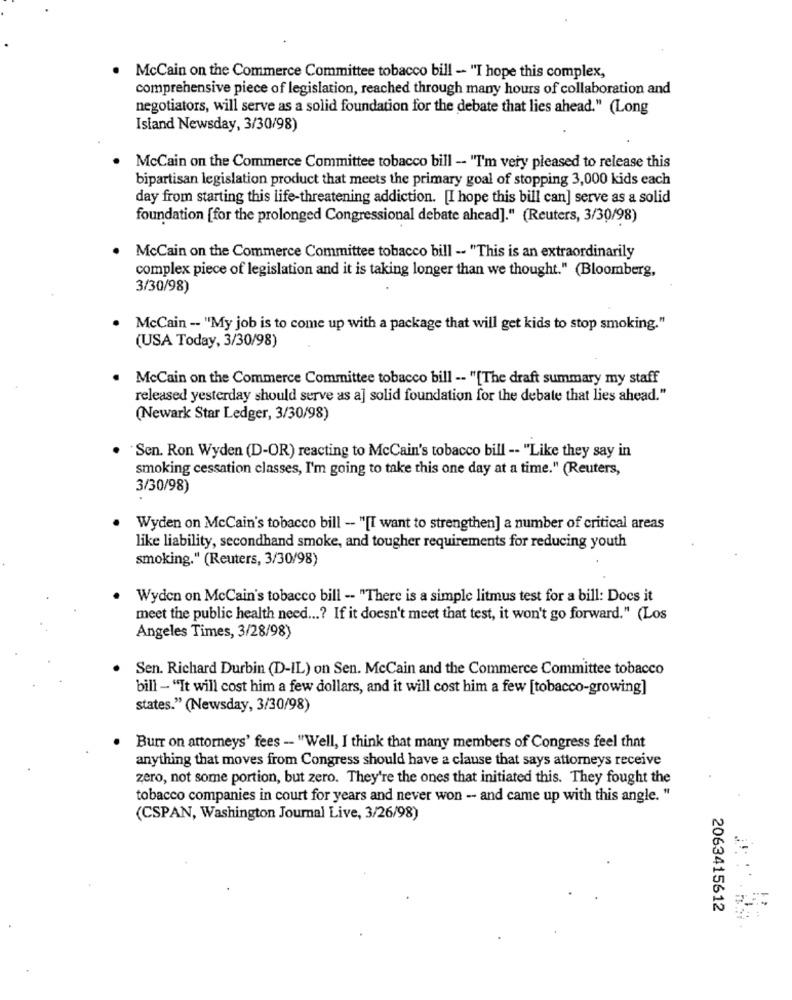
. McCain on the Commerce Committee tobacco bill - "I hope this complex,
comprehensive piece of legislation, reached through many hours of collaboration and
negotiators, will serve as a solid foundation for the debate that lies ahead." (Long
Island Newsday, 3/30/98)
McCain on the Commerce Committee tobacco bill - "I'm very pleased to release this
bipartisan legislation product that meets the primary goal of stopping 3,000 kids each
day from starting this life-threatening addiction. [I hope this bill can] serve as a solid
foundation [for the prolonged Congressional debate ahead]." (Reuters, 3/30/98)
McCain on the Commerce Committee tobacco bill -- "This is an extraordinarily
complex piece of legislation and it is taking longer than we thought." (Bloomberg,
3/30/98)
McCain -- "My job is to come up with a package that will get kids to stop smoking."
(USA Today, 3/30/98)
McCain on the Commerce Committee tobacco bill -- "[The draft summary my staff
released yesterday should serve as a] solid foundation for the debate that lies ahead."
(Newark Star Ledger, 3/30/98)
Sen. Ron Wyden (D-OR) reacting to McCain's tobacco bill -- "Like they say in
smoking cessation classes, I'm going to take this one day at a time." (Reuters,
3/30/98)
Wyden on McCain's tobacco bill - "[I want to strengthen] a number of critical areas
like liability, secondhand smoke, and tougher requirements for reducing youth
smoking." (Reuters, 3/30/98)
Wyden on McCain's tobacco bill - "There is a simple litmus test for a bill: Does it
meet the public health need ...? If it doesn't meet that test, it won't go forward." (Los
Angeles Times, 3/28/98)
Sen. Richard Durbin (D-IL) on Sen. McCain and the Commerce Committee tobacco
bill - "It will cost him a few dollars, and it will cost him a few [tobacco-growing]
states." (Newsday, 3/30/98)
Burr on attorneys' fees - "Well, I think that many members of Congress feel that
anything that moves from Congress should have a clause that says attorneys receive
zero, not some portion, but zero. They're the ones that initiated this. They fought the
tobacco companies in court for years and never won -- and came up with this angle. "
(CSPAN, Washington Journal Live, 3/26/98)
2063415612